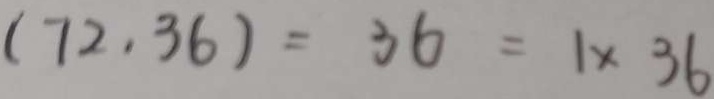
( 7 2 . 3 6 ) = 3 6 = 1 \times 3 6